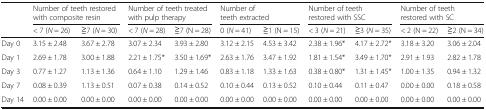
<table><thead><tr><td></td><td colspan="2"><b>Number of teeth restored with composite resin</b></td><td colspan="2"><b>Number of teeth treated with pulp therapy</b></td><td colspan="2"><b>Number of teeth extracted</b></td><td colspan="2"><b>Number of teeth restored with SSC</b></td><td colspan="2"><b>Number of teeth restored with SC</b></td></tr><tr><td></td><td><b>&lt; 7 (<i>N</i> = 26)</b></td><td><b>≧7 (<i>N</i> = 30)</b></td><td><b>&lt; 7 (<i>N</i> = 28)</b></td><td><b>≧7 (N = 28)</b></td><td><b>0 (<i>N</i> = 41)</b></td><td><b>≧1 (N = 15)</b></td><td><b>&lt; 3 (<i>N</i> = 21)</b></td><td><b>≧3 (<i>N</i> = 35)</b></td><td><b>&lt; 2 (N = 22)</b></td><td><b>≧2 (N = 34)</b></td></tr></thead><tbody><tr><td>Day 0</td><td>3.15 ± 2.48</td><td>3.67 ± 2.78</td><td>3.07 ± 2.34</td><td>3.93 ± 2.80</td><td>3.12 ± 2.15</td><td>4.53 ± 3.42</td><td>2.38 ± 1.96*</td><td>4.17 ± 2.72*</td><td>3.18 ± 3.20</td><td>3.06 ± 2.04</td></tr><tr><td>Day 1</td><td>2.69 ± 1.78</td><td>3.00 ± 1.88</td><td>2.21 ± 1.75*</td><td>3.50 ± 1.69*</td><td>2.63 ± 1.76</td><td>3.47 ± 1.92</td><td>1.81 ± 1.54*</td><td>3.49 ± 1.70*</td><td>2.91 ± 1.93</td><td>2.82 ± 1.78</td></tr><tr><td>Day 3</td><td>0.77 ± 1.27</td><td>1.13 ± 1.36</td><td>0.64 ± 1.10</td><td>1.29 ± 1.46</td><td>0.83 ± 1.18</td><td>1.33 ± 1.63</td><td>0.38 ± 0.80*</td><td>1.31 ± 1.45*</td><td>1.00 ± 1.35</td><td>0.94 ± 1.32</td></tr><tr><td>Day 7</td><td>0.08 ± 0.39</td><td>1.13 ± 0.51</td><td>0.07 ± 0.38</td><td>0.14 ± 0.52</td><td>0.10 ± 0.44</td><td>0.13 ± 0.52</td><td>0.10 ± 0.44</td><td>0.11 ± 0.47</td><td>0.00 ± 0.00</td><td>0.18 ± 0.58</td></tr><tr><td>Day 14</td><td>0.00 ± 0.00</td><td>0.00 ± 0.00</td><td>0.00 ± 0.00</td><td>0.00 ± 0.00</td><td>0.00 ± 0.00</td><td>0.00 ± 0.00</td><td>0.00 ± 0.00</td><td>0.00 ± 0.00</td><td>0.00 ± 0.00</td><td>0.00 ± 0.00</td></tr></tbody></table>